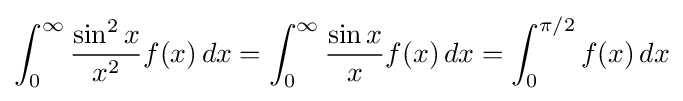
\int _{0}^{\infty }{\frac {\sin ^{2}x}{x^{2}}}f(x)\,dx=\int _{0}^{\infty }{\frac {\sin x}{x}}f(x)\,dx=\int _{0}^{\pi /2}f(x)\,dx